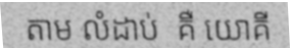
តាម លំដាប់  គឺ យោគី